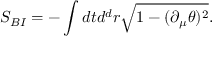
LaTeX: S _ { B I } = - \int d t d ^ { d } r \sqrt { 1 - ( \partial _ { \mu } \theta ) ^ { 2 } } .